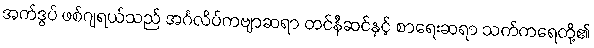
အက်ဒွပ် ဖစ်ဂျရယ်သည် အင်္ဂလိပ်ကဗျာဆရာ တင်နီဆင်နှင့် စာရေးဆရာ သက်ကရေတို့၏